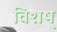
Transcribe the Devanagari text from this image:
विशेष्